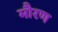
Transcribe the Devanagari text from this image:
मौरण